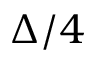
\Delta / 4